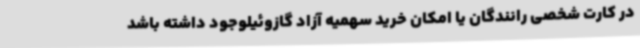
در کارت شخصی رانندگان یا امکان خرید سهمیه آزاد گازوئیلوجود داشته باشد